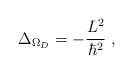
\begin{align*}\Delta_{\Omega_{{D}}} = -\frac{L^{2}}{\hbar^{2}}\; ,\end{align*}